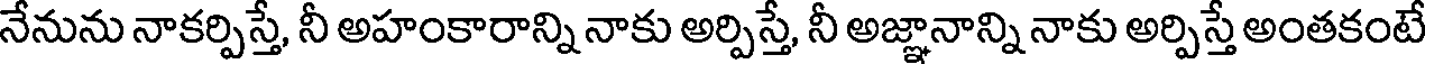
నేనును నాకర్పిస్తే, నీ అహంకారాన్ని నాకు అర్పిస్తే, నీ అజ్ఞానాన్ని నాకు అర్పిస్తే అంతకంటే